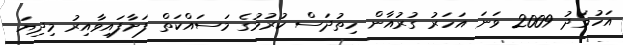
އަހުމަދު 2009 ވަނަ އަހަރު ގުރުއާން ހިތުދަސް ކުރުމުގެ މަސައްކަތް ފަށާފައިވާއިރު މިދިޔަ